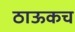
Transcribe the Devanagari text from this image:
ठाऊकच